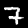
Digit: 7